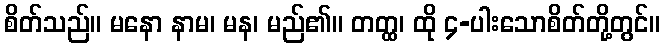
စိတ်သည်။ မနော နာမ၊ မန၊ မည်၏။ တတ္ထ၊ ထို ၄-ပါးသောစိတ်တို့တွင်။